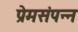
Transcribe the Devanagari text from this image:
प्रेमसंपन्न